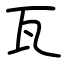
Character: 瓦